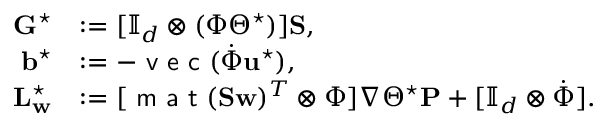
\begin{array} { r l } { \mathbf { G } ^ { \star } } & { : = [ \mathbb { I } _ { d } \otimes ( \Phi \Theta ^ { \star } ) ] \mathbf { S } , } \\ { \mathbf { b } ^ { \star } } & { : = - \textsf { v e c } ( \dot { \Phi } \mathbf { u } ^ { \star } ) , } \\ { \mathbf { L } _ { \mathbf { w } } ^ { \star } } & { : = [ \textsf { m a t } ( \mathbf { S } \mathbf { w } ) ^ { T } \otimes \Phi ] \nabla \Theta ^ { \star } \mathbf { P } + [ \mathbb { I } _ { d } \otimes \dot { \Phi } ] . } \end{array}